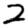
Digit: 2